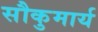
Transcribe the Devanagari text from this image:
सौकुमार्य